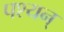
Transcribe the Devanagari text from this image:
पश्यन्